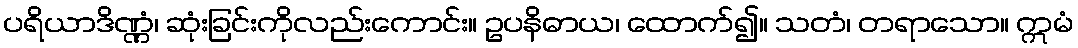
ပရိယာဒိဏ္ဏံ၊ ဆုံးခြင်းကိုလည်းကောင်း။ ဥပနိဓာယ၊ ထောက်၍။ သတံ၊ တရာသော။ ဣမံ